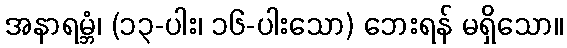
အနာရမ္ဘံ၊ (၁၃-ပါး၊ ၁၆-ပါးသော) ဘေးရန် မရှိသော။